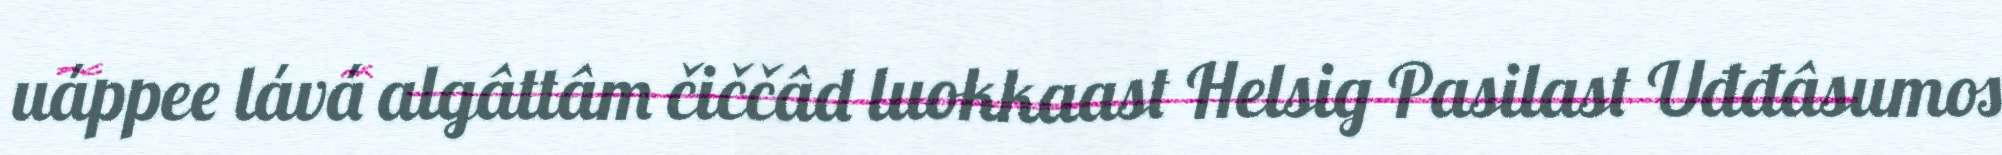
uáppee lává algâttâm čiččâd luokkaast Helsig Pasilast Uđđâsumos